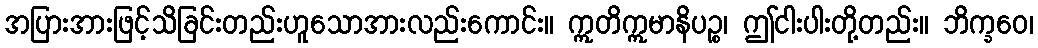
အပြားအားဖြင့်သိခြင်းတည်းဟူသောအားလည်းကောင်း။ ဣတိဣမာနိပဉ္စ၊ ဤငါးပါးတို့တည်း။ ဘိက္ခဝေ၊